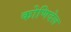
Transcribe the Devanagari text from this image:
कोणिदेल